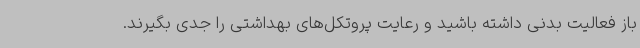
باز فعالیت بدنی داشته باشید و رعایت پروتکل‌های بهداشتی را جدی بگیرند.